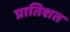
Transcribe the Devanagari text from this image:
प्रातिशत